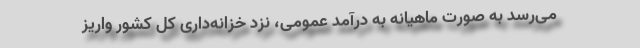
می‌رسد به صورت ماهیانه به درآمد عمومی، نزد خزانه‌داری کل کشور واریز